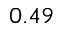
0 . 4 9